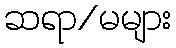
ဆရာ/မများ